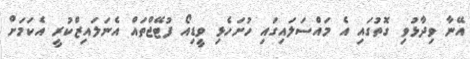
އޭނާ ވިދާޅުވި ގޮތުގައި އެ މައްސަލައިގައި ހުށަހެޅި ވީޑިއޯ ފުޓޭޖްތައް އެނަލައިޒްކުރީ އެކަމަށް